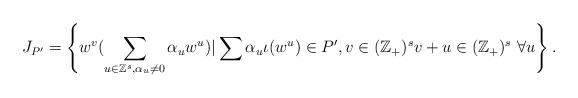
\begin{align*}J_{P'}=\left\{w^v(\sum_{u\in\Bbb Z^s,\alpha_u\neq0}\alpha_uw^u)|\sum\alpha_u\iota(w^u)\in P',v\in(\Bbb Z_+)^s v+u\in(\Bbb Z_+)^s\ \forall u \right\}.\end{align*}